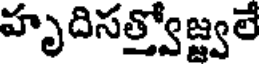
హృదిసత్త్వోజ్జ్వలే